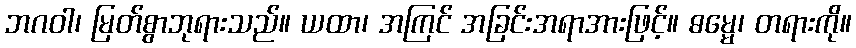
ဘဂဝါ၊ မြတ်စွာဘုရားသည်။ ယထာ၊ အကြင် အခြင်းအရာအားဖြင့်။ ဓမ္မေ၊ တရားကို။